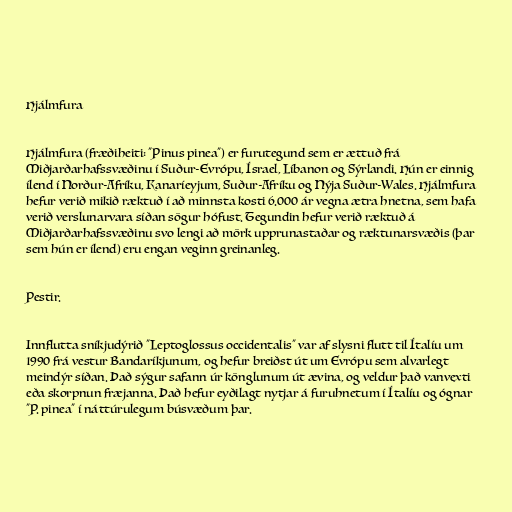
Hjálmfura

Hjálmfura (fræðiheiti: "Pinus pinea") er furutegund sem er ættuð frá
Miðjarðarhafssvæðinu í Suður-Evrópu, Ísrael, Líbanon og Sýrlandi. Hún er einnig
ílend í Norður-Afríku, Kanaríeyjum, Suður-Afríku og Nýja Suður-Wales. Hjálmfura
hefur verið mikið ræktuð í að minnsta kosti 6.000 ár vegna ætra hnetna, sem hafa
verið verslunarvara síðan sögur hófust. Tegundin hefur verið ræktuð á
Miðjarðarhafssvæðinu svo lengi að mörk upprunastaðar og ræktunarsvæðis (þar
sem hún er ílend) eru engan veginn greinanleg.

Pestir.

Innflutta sníkjudýrið "Leptoglossus occidentalis" var af slysni flutt til Ítalíu um
1990 frá vestur Bandaríkjunum, og hefur breiðst út um Evrópu sem alvarlegt
meindýr síðan. Það sýgur safann úr könglunum út ævina, og veldur það vanvexti
eða skorpnun fræjanna. Það hefur eyðilagt nytjar á furuhnetum í Ítalíu og ógnar
"P. pinea" í náttúrulegum búsvæðum þar.